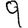
Digit: 9